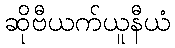
ဆိုဗီယက်ယူနီယံ